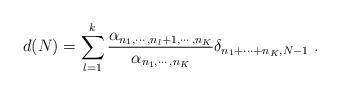
LaTeX: \begin{align*}d(N)= \sum_{l=1}^{k}\frac{\alpha_{n_{1},\cdots,n_{l}+1,\cdots,n_{K}}}{\alpha_{n_{1},\cdots,n_{K}}} \delta_{n_{1}+\cdots+n_{K},N-1} \ .\end{align*}